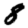
Digit: 8